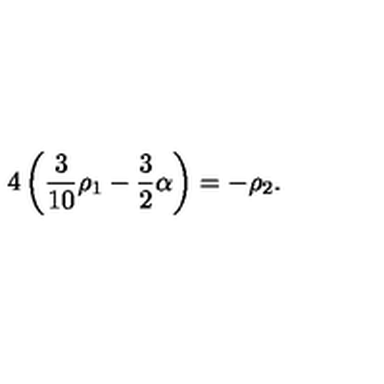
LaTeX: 4 \left( { \frac { 3 } { 1 0 } } \rho _ { 1 } - { \frac { 3 } { 2 } } \alpha \right) = - \rho _ { 2 } .